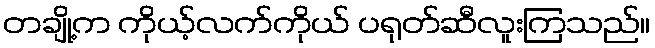
တချို့က ကိုယ့်လက်ကိုယ် ပရုတ်ဆီလူးကြသည်။